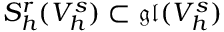
S _ { h } ^ { r } ( V _ { h } ^ { s } ) \subset \mathfrak { g l } ( V _ { h } ^ { s } )